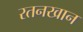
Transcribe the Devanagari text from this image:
रतनखान